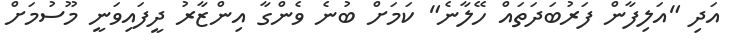
އަދި "އަލިފާން ފަރުބަދަތައް ހޭލާނެ" ކަމަށް ބުނެ ވެންގާ އިންޒާރު ދީފައިވަނީ މޫސުމަށް